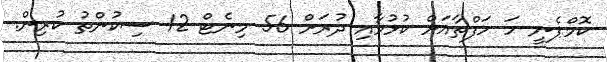
ކޮމްޕެނީ ހަ ހަފްތާއަށް ކުޅުމާއި ދުރަށް 56 މިނެޓް 12 ސިކުންތު ކުރިން.